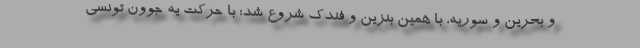
و بحرین و سوریه، با همین بنزین و فندک شروع شد؛ با حرکت یه جوون تونسی